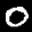
Label: 0